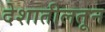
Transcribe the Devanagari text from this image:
देशातीलतून